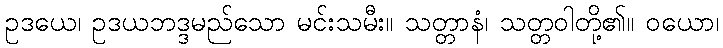
ဥဒယေ၊ ဥဒယဘဒ္ဒမည်သော မင်းသမီး။ သတ္တာနံ၊ သတ္တဝါတို့၏။ ဝယော၊